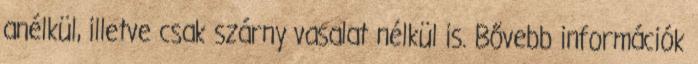
anélkül, illetve csak szárny vasalat nélkül is. Bővebb információk